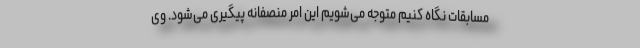
مسابقات نگاه کنیم متوجه می‌شویم این امر منصفانه پیگیری می‌شود. وی